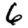
Digit: 6